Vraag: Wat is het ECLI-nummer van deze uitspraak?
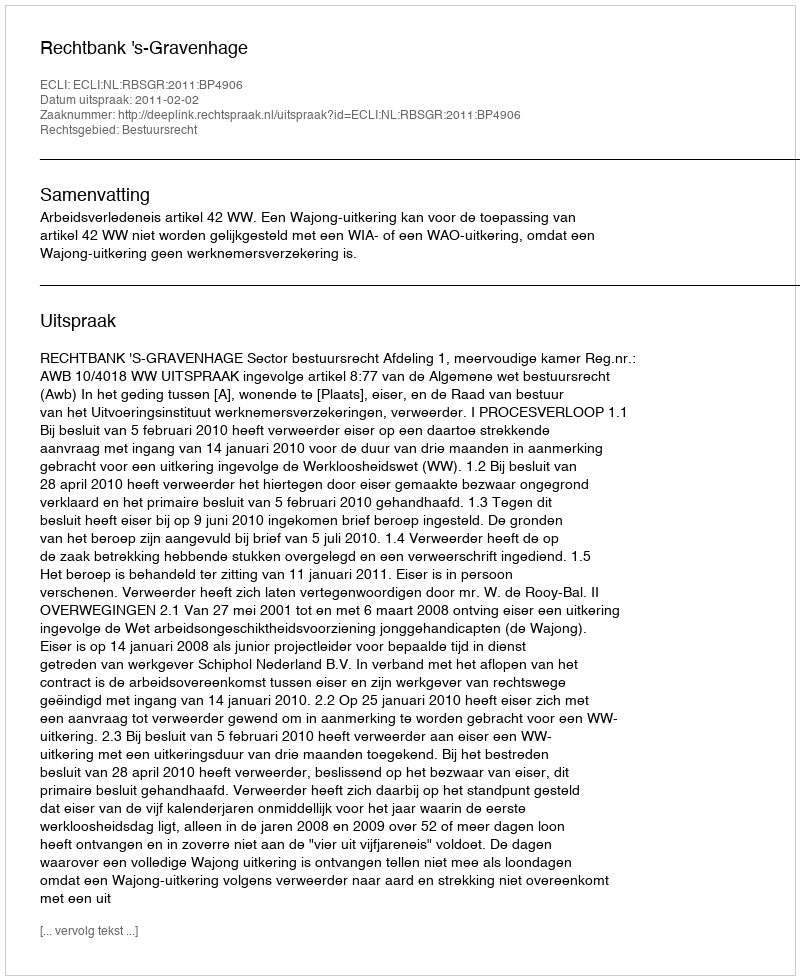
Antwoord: ECLI:NL:RBSGR:2011:BP4906